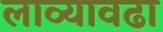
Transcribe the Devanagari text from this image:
लाव्यावढा